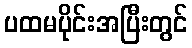
ပထမပိုင်းအပြီးတွင်